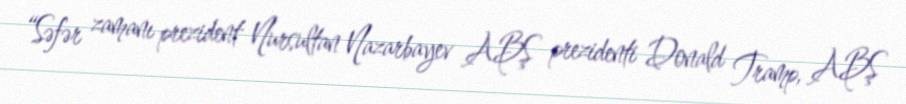
“Səfər zamanı prezident Nursultan Nazarbayev ABŞ prezidenti Donald Tramp, ABŞ